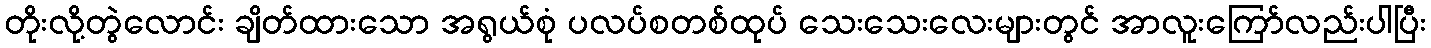
တိုးလို့တွဲလောင်း ချိတ်ထားသော အရွယ်စုံ ပလပ်စတစ်ထုပ် သေးသေးလေးများတွင် အာလူးကြော်လည်းပါပြီး